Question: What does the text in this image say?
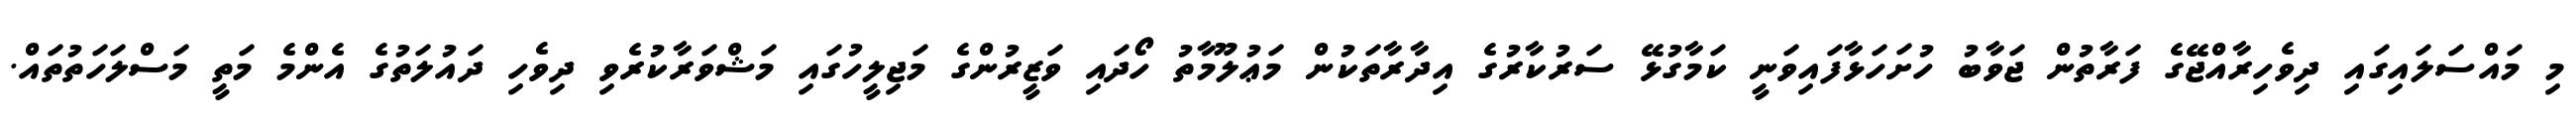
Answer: މި މައްސަލައިގައި ދިވެހިރާއްޖޭގެ ފަރާތުން ޖަވާބު ހުށަހަޅާފައިވަނީ ކަމާގުޅޭ ސަރުކާރުގެ އިދާރާތަކުން މަޢުލޫމާތު ހޯދައި ވަޒީރުންގެ މަޖިލީހުގައި މަޝްވަރާކުރެވި ދިވެހި ދައުލަތުގެ އެންމެ މަތީ މަސްލަހަތުތައް.